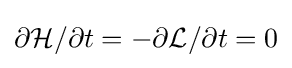
\partial {\mathcal {H}}/\partial t=-\partial {\mathcal {L}}/\partial t=0